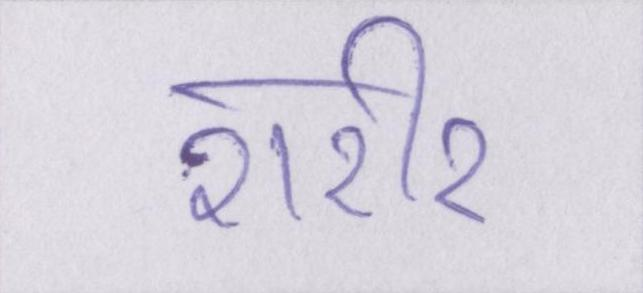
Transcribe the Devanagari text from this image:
शरीर